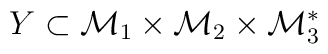
Y \subset {\cal M}_1 \times {\cal M}_2 \times {\cal M}_3^*